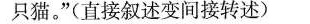
只猫。”(直接叙述变间接转述)